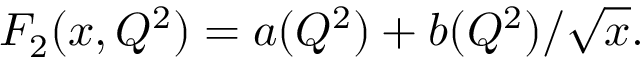
F _ { 2 } ( x , Q ^ { 2 } ) = a ( Q ^ { 2 } ) + b ( Q ^ { 2 } ) / \sqrt { x } .